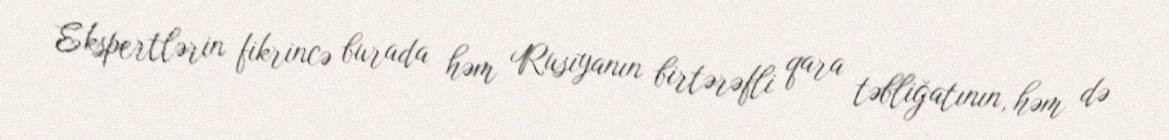
Ekspertlərin fikrincə burada həm Rusiyanın birtərəfli qara təbliğatının, həm də